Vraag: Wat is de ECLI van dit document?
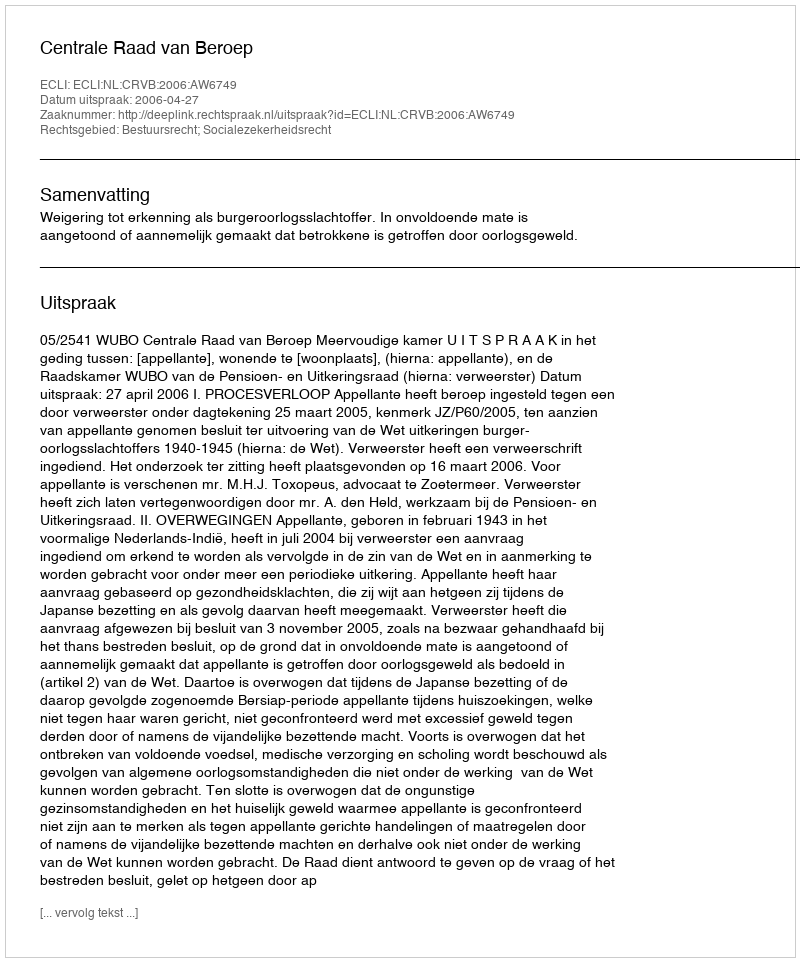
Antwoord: ECLI:NL:CRVB:2006:AW6749